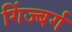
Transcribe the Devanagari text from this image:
गिंज्बर्ग